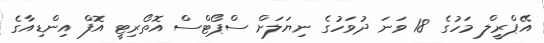
އޭޕްރީލް މަހުގެ 18 ވަނަ ދުވަހުގެ ނިޔަލަށް ސްޕޯޓްސް އޮތޯރިޓީ އޮފް އިންޑިއާގެ